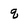
Character: q